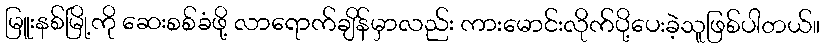
မြူးနစ်မြို့ကို ဆေးစစ်ခံဖို့ လာရောက်ချိန်မှာလည်း ကားမောင်းလိုက်ပို့ပေးခဲ့သူဖြစ်ပါတယ်။